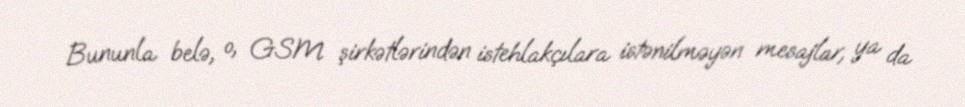
Bununla belə, o, GSM şirkətlərindən istehlakçılara istənilməyən mesajlar, ya da